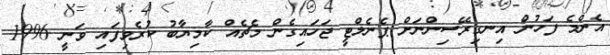
އެންމެ ފަހުން އިނގިރޭސިންނަށް ޕެނެލްޓީ ޖަހައިގެން މެޗެއް ކާމިޔާބު ކުރެވިފައި ވަނީ 1996